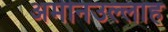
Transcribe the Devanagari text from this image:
अमीनउल्लाह